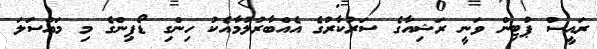
ރައީސް ޕުޓިން ވަނީ ރަޝިއާގެ ސަރުކާރުގެ އެއްބާރުލުމާއެކު ހިންގި ޑޯޕިންގެ މި މައްސަލަ